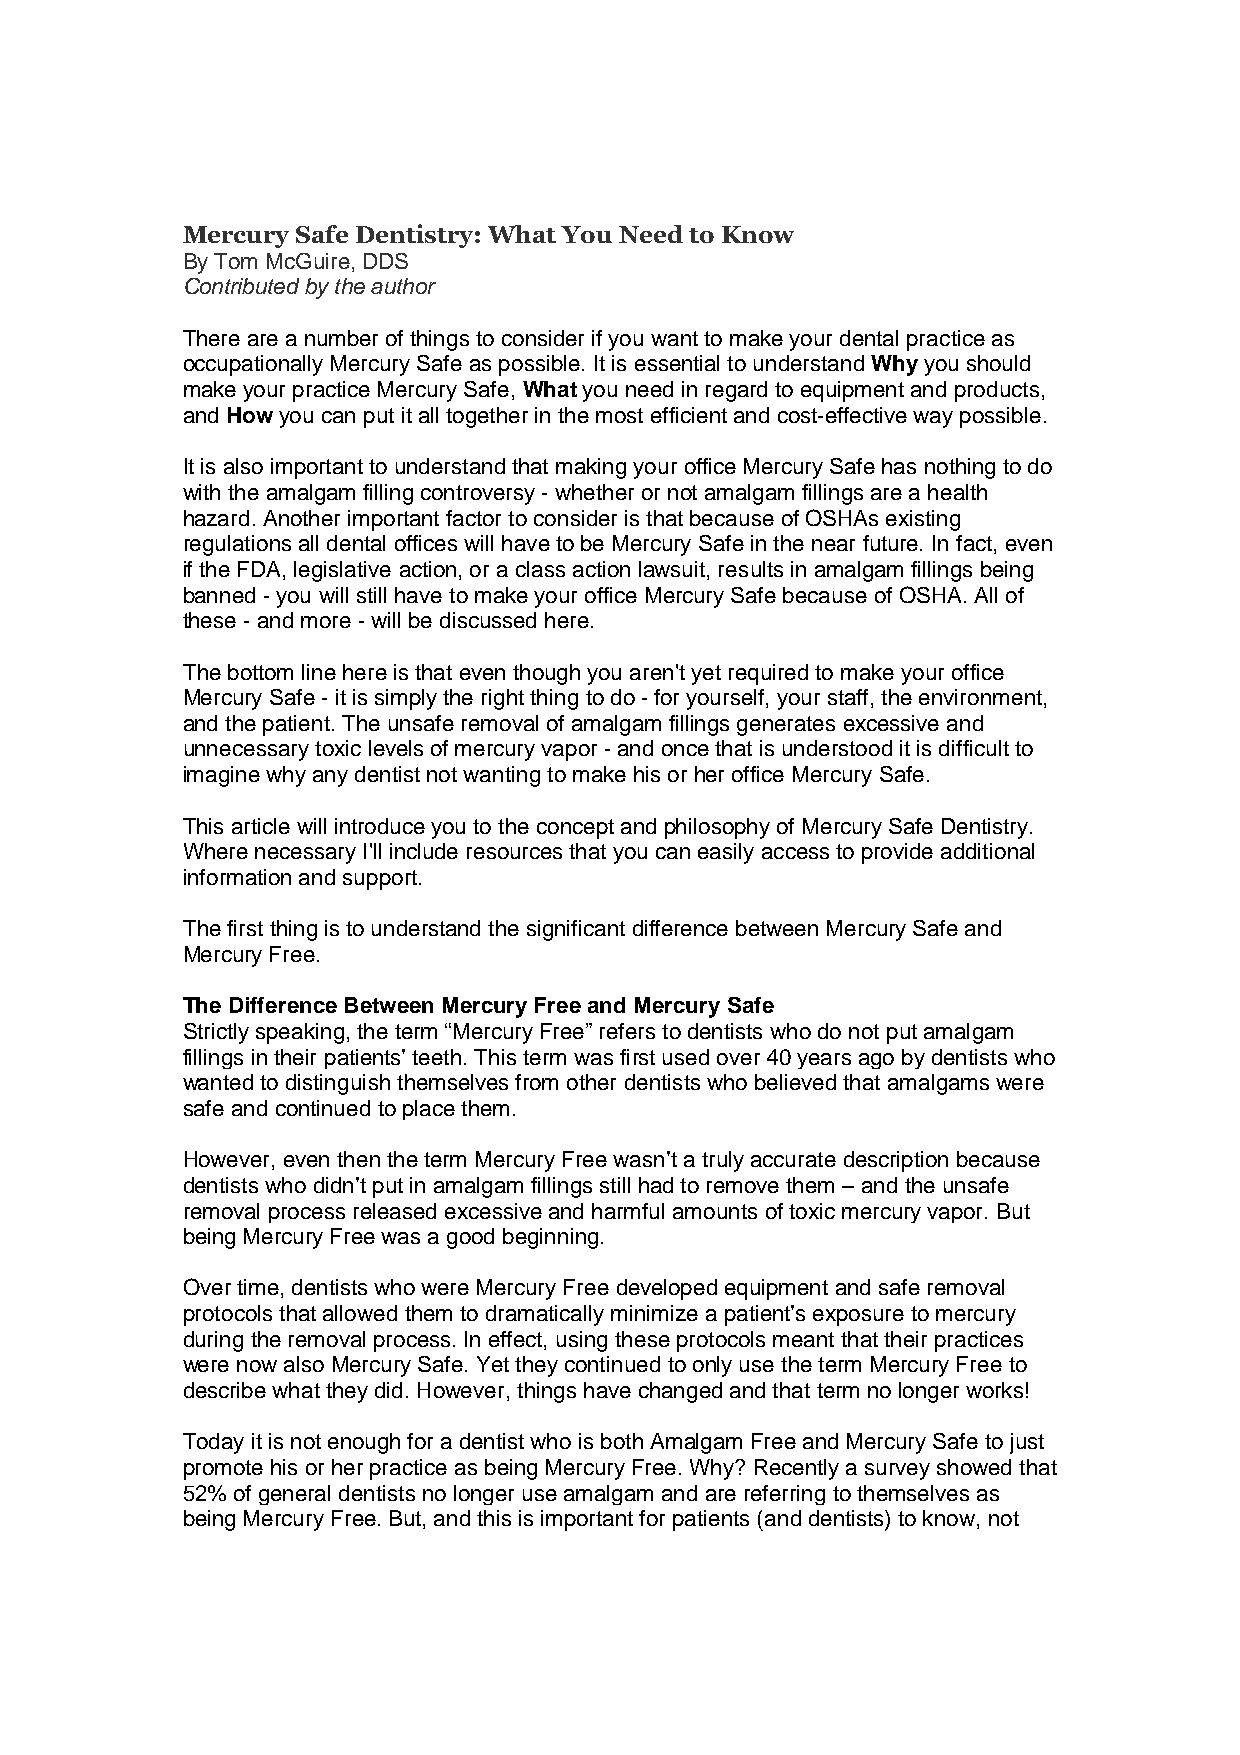
Mercury Safe Dentistry: What You Need to Know
 By Tom McGuire, DDS
 Contributed by the author
 There are a number of things to consider if you want to make your dental practice as
 occupationally Mercury Safe as possible. It is essential to understand Why you should
 make your practice Mercury Safe, What you need in regard to equipment and products,
 and How you can put it all together in the most efficient and cost-effective way possible.
 It is also important to understand that making your office Mercury Safe has nothing to do
 with the amalgam filling controversy - whether or not amalgam fillings are a health
 hazard. Another important factor to consider is that because of OSHAs existing
 regulations all dental offices will have to be Mercury Safe in the near future. In fact, even
 if the FDA, legislative action, or a class action lawsuit, results in amalgam fillings being
 banned - you will still have to make your office Mercury Safe because of OSHA. All of
 these - and more - will be discussed here.
 The bottom line here is that even though you aren't yet required to make your office
 Mercury Safe - it is simply the right thing to do - for yourself, your staff, the environment,
 and the patient. The unsafe removal of amalgam fillings generates excessive and
 unnecessary toxic levels of mercury vapor - and once that is understood it is difficult to
 imagine why any dentist not wanting to make his or her office Mercury Safe.
 This article will introduce you to the concept and philosophy of Mercury Safe Dentistry.
 Where necessary I'll include resources that you can easily access to provide additional
 information and support.
 The first thing is to understand the significant difference between Mercury Safe and
 Mercury Free.
 The Difference Between Mercury Free and Mercury Safe
 Strictly speaking, the term “Mercury Free” refers to dentists who do not put amalgam
 fillings in their patients’ teeth. This term was first used over 40 years ago by dentists who
 wanted to distinguish themselves from other dentists who believed that amalgams were
 safe and continued to place them.
 However, even then the term Mercury Free wasn’t a truly accurate description because
 dentists who didn’t put in amalgam fillings still had to remove them – and the unsafe
 removal process released excessive and harmful amounts of toxic mercury vapor. But
 being Mercury Free was a good beginning.
 Over time, dentists who were Mercury Free developed equipment and safe removal
 protocols that allowed them to dramatically minimize a patient’s exposure to mercury
 during the removal process. In effect, using these protocols meant that their practices
 were now also Mercury Safe. Yet they continued to only use the term Mercury Free to
 describe what they did. However, things have changed and that term no longer works!
 Today it is not enough for a dentist who is both Amalgam Free and Mercury Safe to just
 promote his or her practice as being Mercury Free. Why? Recently a survey showed that
 52% of general dentists no longer use amalgam and are referring to themselves as
 being Mercury Free. But, and this is important for patients (and dentists) to know, not